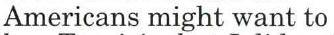
Americans might want to